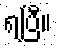
ရပြီ။